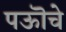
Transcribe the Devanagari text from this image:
पऊॊचे